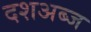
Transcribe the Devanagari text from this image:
दशअब्ज